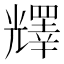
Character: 𠓋